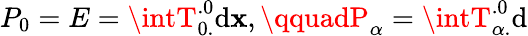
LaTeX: P_{0}=E=\intT_{0.}^{.0}\mathrm{d}{\mathbf{x}},\qquadP_{\alpha}=\intT_{\alpha.}^{.0}\mathrm{d}